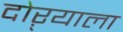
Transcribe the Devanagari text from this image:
दोऱ्याला